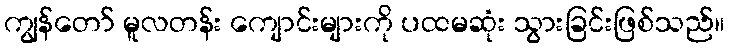
ကျွန်တော် မူလတန်း ကျောင်းများကို ပထမဆုံး သွားခြင်းဖြစ်သည်။